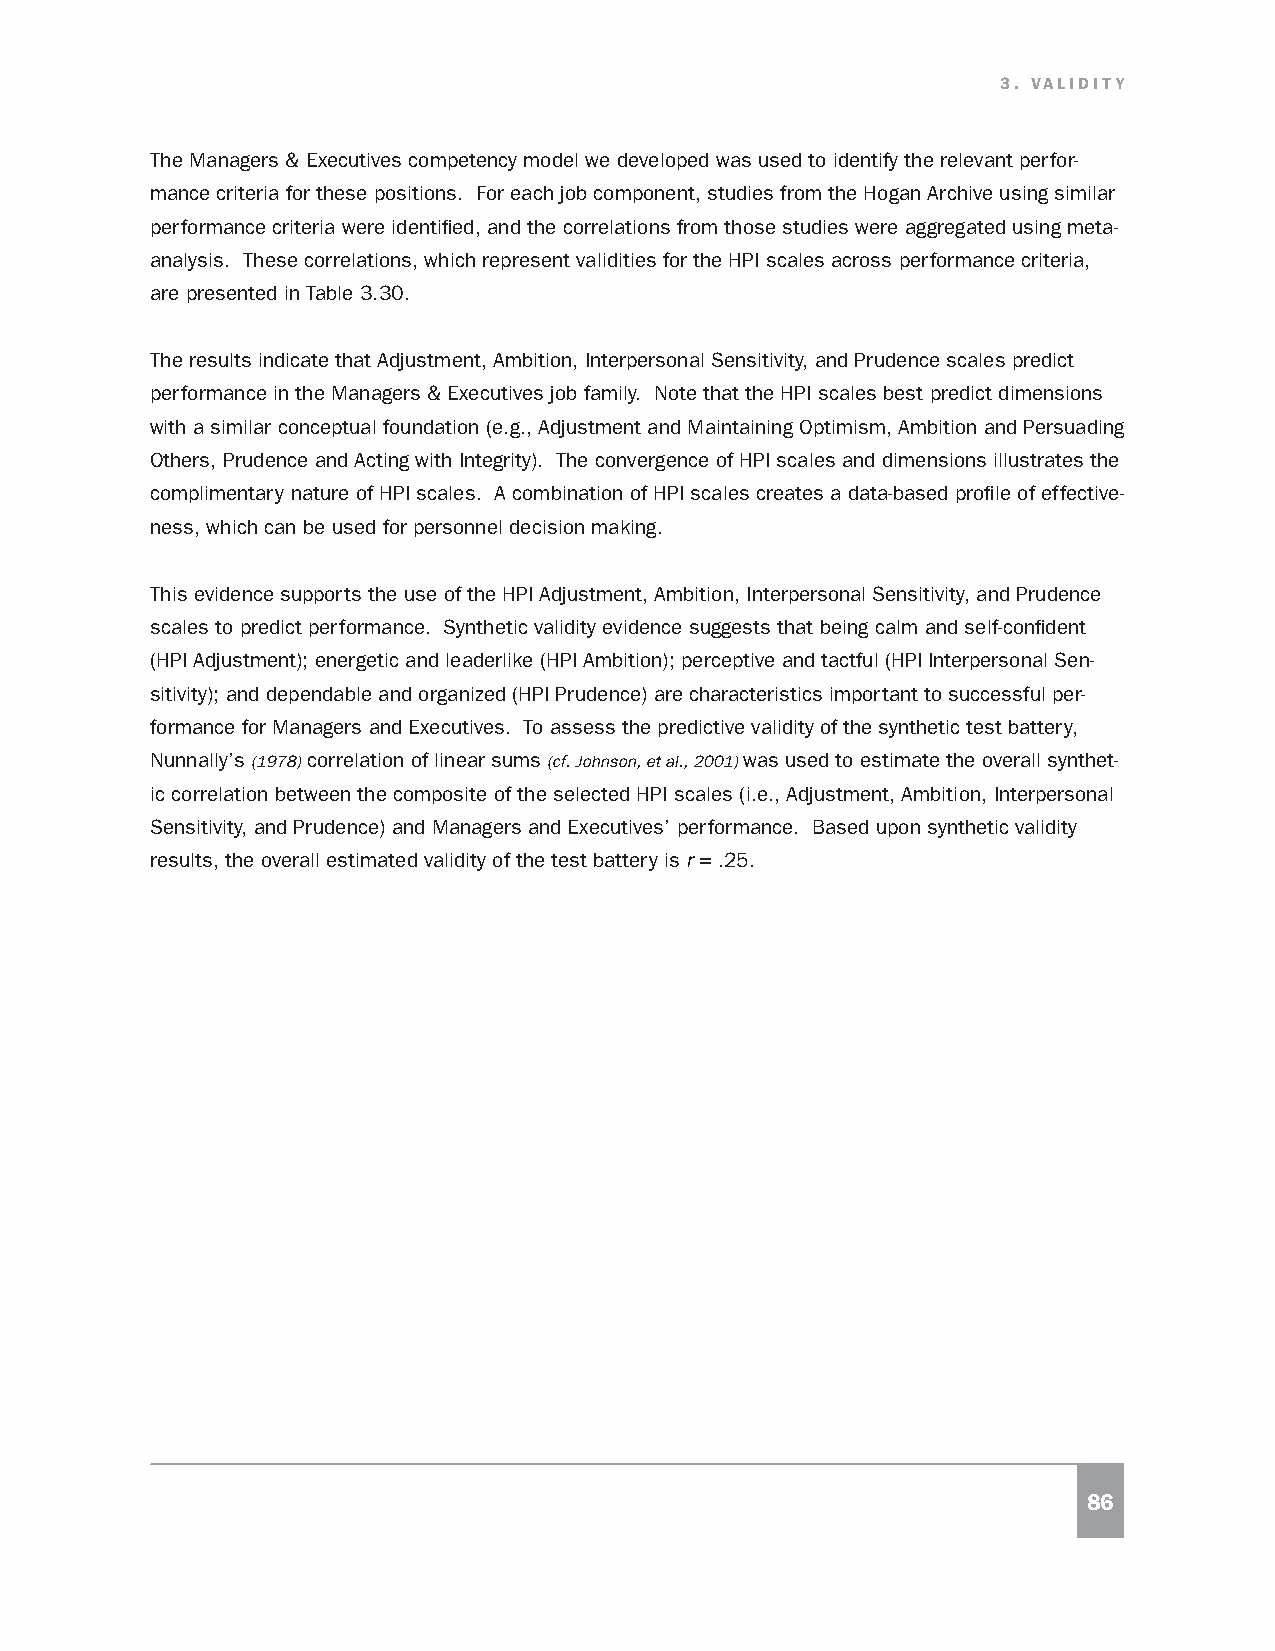
3. VALIDITY
 The Managers & Executives competency model we developed was used to identify the relevant perfor-
 mance criteria for these positions. For each job component, studies from the Hogan Archive using similar
 performance criteria were identified, and the correlations from those studies were aggregated using meta-
 analysis. These correlations, which represent validities for the HPI scales across performance criteria,
 are presented in Table 3.30.
 The results indicate that Adjustment, Ambition, Interpersonal Sensitivity, and Prudence scales predict
 performance in the Managers & Executives job family. Note that the HPI scales best predict dimensions
 with a similar conceptual foundation (e.g., Adjustment and Maintaining Optimism, Ambition and Persuading
 Others, Prudence and Acting with Integrity). The convergence of HPI scales and dimensions illustrates the
 complimentary nature of HPI scales. A combination of HPI scales creates a data-based profile of effective-
 ness, which can be used for personnel decision making.
 This evidence supports the use of the HPI Adjustment, Ambition, Interpersonal Sensitivity, and Prudence
 scales to predict performance. Synthetic validity evidence suggests that being calm and self-confident
 (HPI Adjustment); energetic and leaderlike (HPI Ambition); perceptive and tactful (HPI Interpersonal Sen-
 sitivity); and dependable and organized (HPI Prudence) are characteristics important to successful per-
 formance for Managers and Executives. To assess the predictive validity of the synthetic test battery,
 Nunnally’s (1978) correlation of linear sums (cf. Johnson, et al., 2001) was used to estimate the overall synthet-
 ic correlation between the composite of the selected HPI scales (i.e., Adjustment, Ambition, Interpersonal
 Sensitivity, and Prudence) and Managers and Executives’ performance. Based upon synthetic validity
 results, the overall estimated validity of the test battery is r = .25.
 86